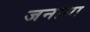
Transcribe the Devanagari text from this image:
जनाया